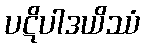
ပဋိပါဒယိဿံ